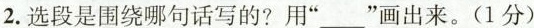
2.选段是围绕哪句话写的?用”___”画出来。(1分)